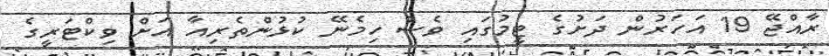
ރާއްޖޭ 19 އަހަރުން ދަށުގެ ޓީމުގައި ވެސް ހިމެނޭ ކުޅުންތެރިއާ އަށް ވިކްޓަރީގެ